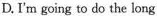
D.I'm going to do the long